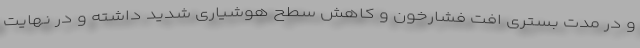
و در مدت بستری افت فشارخون و کاهش سطح هوشیاری شدید داشته و در نهایت